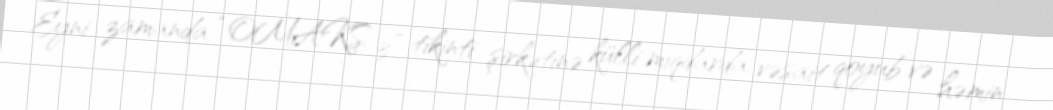
Eyni zamanda “OMAKS 3” tikinti şirkətinə külli miqdarda vəsait qoyub və həmin